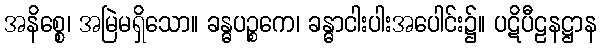
အနိစ္စေ၊ အမြဲမရှိသော။ ခန္ဓပဉ္စကေ၊ ခန္ဓာငါးပါးအပေါင်း၌။ ပဋိပီဠနဋ္ဌာန